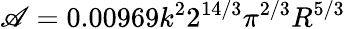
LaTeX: \mathscr{A}=0.00969k^{2}2^{14/3}\pi^{2/3}R^{5/3}